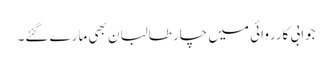
جوابی کارروائی میں چار طالبان بھی مارے گئے۔